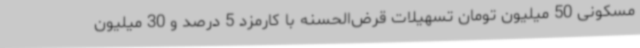
مسکونی 50 میلیون تومان تسهیلات قرض‌الحسنه با کارمزد 5 درصد و 30 میلیون